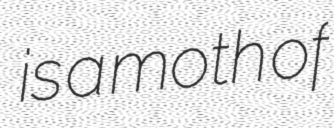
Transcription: is a moth of